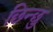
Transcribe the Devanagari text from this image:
छिन्छु